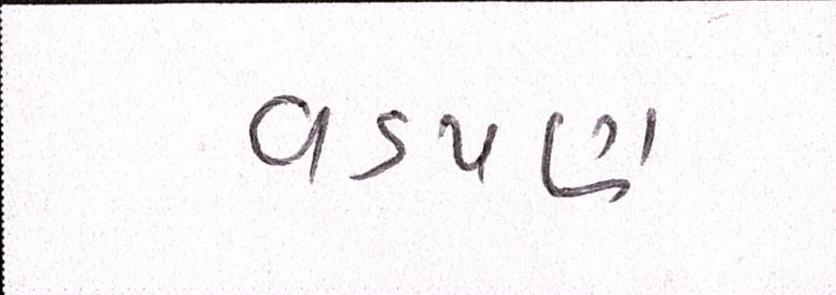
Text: વડપણ